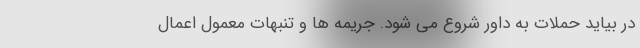
در بیاید حملات به داور شروع می شود. جریمه ها و تنبهات معمول اعمال